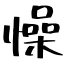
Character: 懆